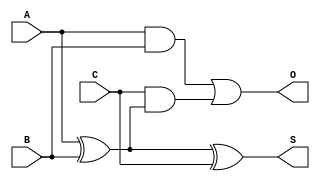
module F_ADD(A,B,C,S,O);
input A,B,C;
output S,O;

assign S=A^B^C;
assign O=(A&B)|C&(A^B);

endmodule